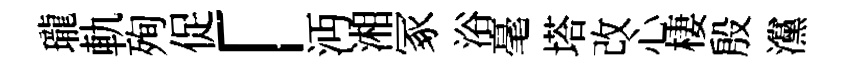
瓏軌殉促「沔湘冢浴毫塔改心棲殷灙